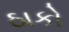
ઠાકો